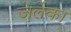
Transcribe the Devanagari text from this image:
ज़ेलेंका